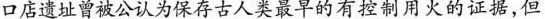
口店遗址曾被公认为保存古人类最早的有控制用火的证据，但